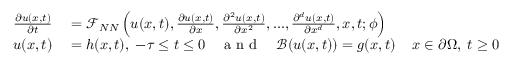
\begin{array} { r l } { \frac { \partial u ( x , t ) } { \partial t } } & { { } = \mathcal { F } _ { N N } \left( u ( x , t ) , \frac { \partial u ( x , t ) } { \partial x } , \frac { \partial ^ { 2 } u ( x , t ) } { \partial x ^ { 2 } } , . . . , \frac { \partial ^ { d } u ( x , t ) } { \partial x ^ { d } } , x , t ; \phi \right) } \\ { u ( x , t ) } & { { } = h ( x , t ) , \; - \tau \leq t \leq 0 \quad \mathrm { ~ a ~ n ~ d ~ } \quad \mathcal { B } ( u ( x , t ) ) = g ( x , t ) \, \quad x \in \partial \Omega , \; t \geq 0 \; . } \end{array}